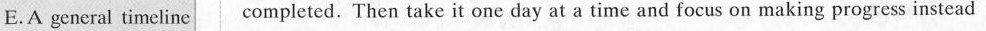
E.A general timeline completed. Then take it one day at a timeand focus on making progress instead